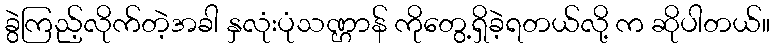
ခွဲကြည့်လိုက်တဲ့အခါ နှလုံးပုံသဏ္ဌာန် ကိုတွေ့ရှိခဲ့ရတယ်လို့ က ဆိုပါတယ်။